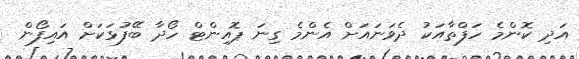
އަދި ކޮންމެ ހަފްތާއަކު ދެވަނައަށް އެންމެ ގިނަ ޕޮއިންޓް ހޯދާ ބޭފުޅަކަށް އައިފޯން